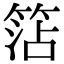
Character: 𥮒